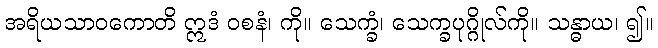
အရိယသာဝကောတိ ဣဒံ ဝစနံ၊ ကို။ သေက္ခံ၊ သေက္ခပုဂ္ဂိုလ်ကို။ သန္ဓာယ၊ ၍။